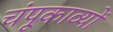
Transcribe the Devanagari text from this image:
चंपूकाव्यों